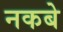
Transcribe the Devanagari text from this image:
नकबे